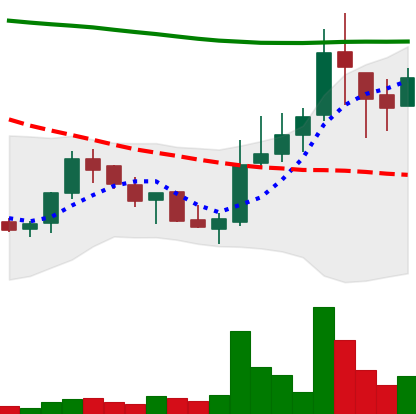
Ticker: LINK-USD
Chart end date: 2018-08-02
Forward return: -24.415%
Label: down_7plus